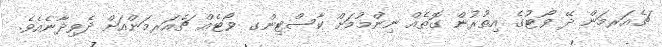
ޗެއަރމަން ދޭ ވޯޓުގެ އިތުރުން ގޮތެއް ނިންމުމަށް ކާސްޓިންގ ވޯޓެއް ޗެއަރމަންއަށް ދެވިދާނެއެވެ.